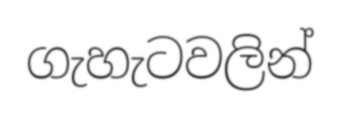
ගැහැටවලින්